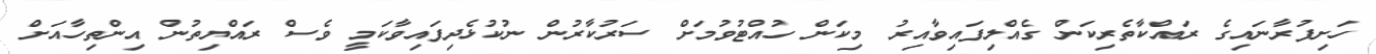
ހަށިފުރާނައިގެ ރައްކާތެރިކަން ގެއްލިފައިވާއިރު މިކަން ހުއްޓުވުމަށް ސަރުކާރުން ނުކުޅެދިފައިވާކަމީ ވެސް ރައްޔިތުން އިންތިހާއަށް